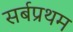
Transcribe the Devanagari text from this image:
सर्बप्रथम